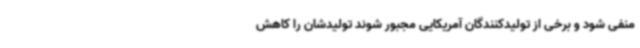
منفی شود و برخی از تولیدکنندگان آمریکایی مجبور شوند تولیدشان را کاهش